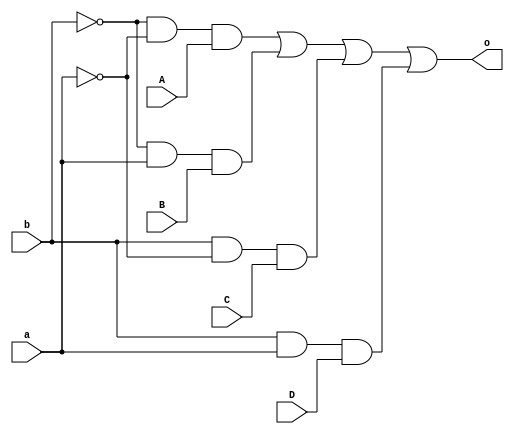
`timescale 1ns / 1ps

module four_to_one_mux(
    input a,b,A,B,C,D,
    output o
    );
assign o=(~b&~a&A)|(~b&a&B)|(b&~a&C)|(b&a&D);
endmodule